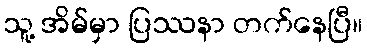
သူ့ အိမ်မှာ ပြဿနာ တက်နေပြီ။